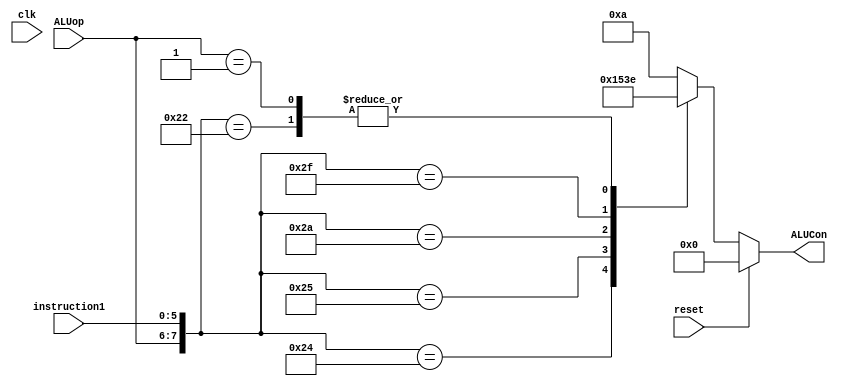
module ALUcontrol(clk,reset,instruction1,ALUop,ALUCon);
	input [5:0] instruction1;
	input [1:0]ALUop;
	input reset, clk;
	output reg [3:0] ALUCon;
	wire [7:0] ALUControlIn;
	assign ALUControlIn = {ALUop,instruction1};
	always@(ALUControlIn)
	begin
		if(reset)
		begin
			ALUCon=0;
		end
		else begin
			casex(ALUControlIn)
				8'b00100000: ALUCon=4'b1010;//ADD
				8'b00100010: ALUCon=4'b1110;//SUB
				8'b00100100: ALUCon=4'b0000;//AND
				8'b00100101: ALUCon=4'b0001;//OR
				8'b00101010: ALUCon=4'b0101;//SLT
				8'b00101111: ALUCon=4'b0011;//NOR
				8'b01xxxxxx: ALUCon=4'b1110;//BEQ & BNE
				8'b10xxxxxx: ALUCon=4'b1010;//lw sw jmp addi
				default: ALUCon=4'b1010;
			endcase
		end
	end
endmodule